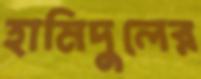
হামিদুলের